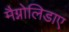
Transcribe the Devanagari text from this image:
मैग्नोलिडाए